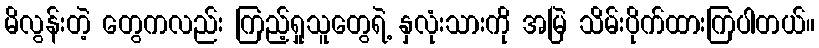
မိလွန်းတဲ့ တွေကလည်း ကြည့်ရှုသူတွေရဲ့ နှလုံးသားကို အမြဲ သိမ်းပိုက်ထားကြပါတယ်။